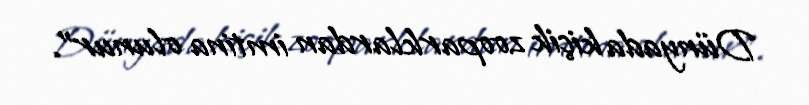
Dünyada kiçik zooparklardan imtina olunur”.